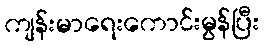
ကျန်းမာရေးကောင်းမွန်ပြီး